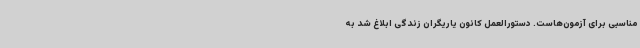
مناسبی برای آزمون‌هاست. دستورالعمل کانون یاریگران زندگی ابلاغ شد به